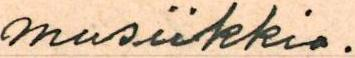
musiikkia.